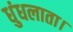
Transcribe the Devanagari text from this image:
धुंधलाता।